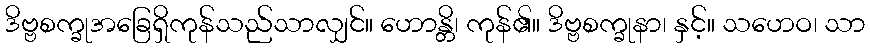
ဒိဗ္ဗစက္ခုအခြေရှိကုန်သည်သာလျှင်။ ဟောန္တိ၊ ကုန်၏။ ဒိဗ္ဗစက္ခုနာ၊ နှင့်။ သဟေဝ၊ သာ